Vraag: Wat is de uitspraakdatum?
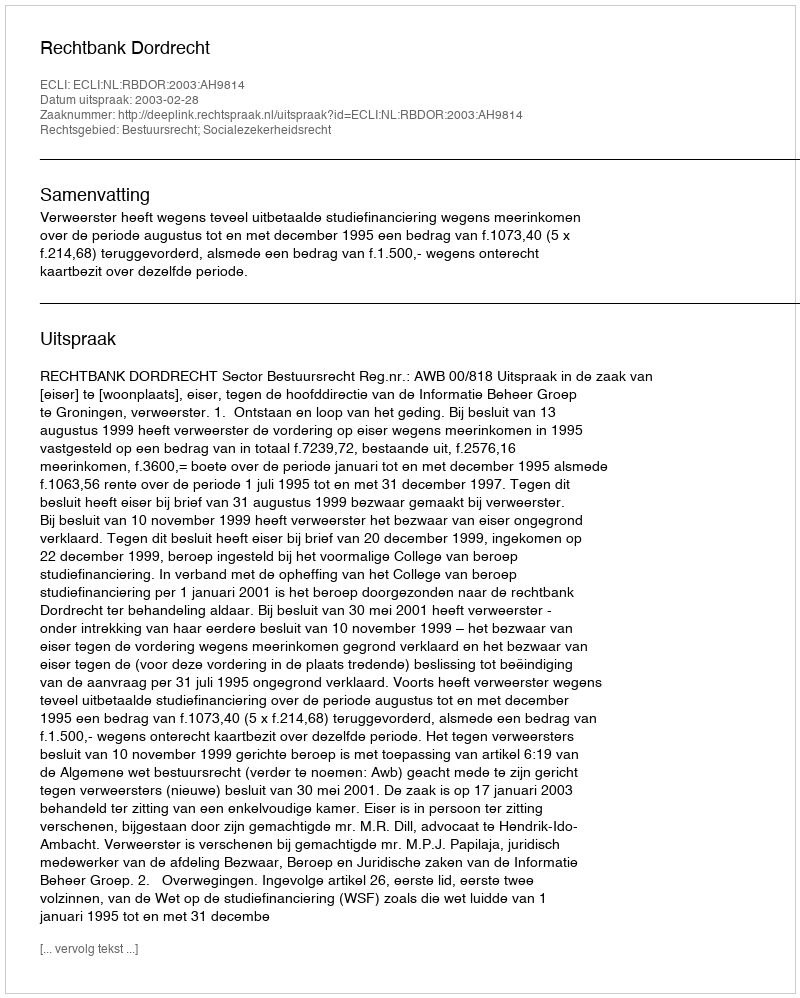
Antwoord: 2003-02-28